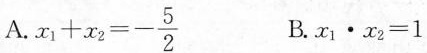
A.$$x _ { 1 } + x _ { 2 } = - \frac { 5 } { 2 }$$ B.$$x _ { 1 } \cdot x _ { 2 } = 1$$